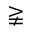
\gneqq